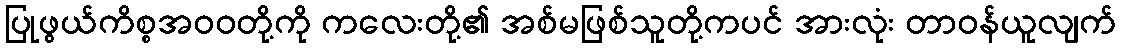
ပြုဖွယ်ကိစ္စအဝဝတို့ကို ကလေးတို့၏ အစ်မဖြစ်သူတို့ကပင် အားလုံး တာဝန်ယူလျက်